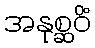
အနုစ္ဆဝိံ